Triennial report on the lunatic asylums in the province of Eastern Bengal and Assam - 1903-1911
Year: 1903
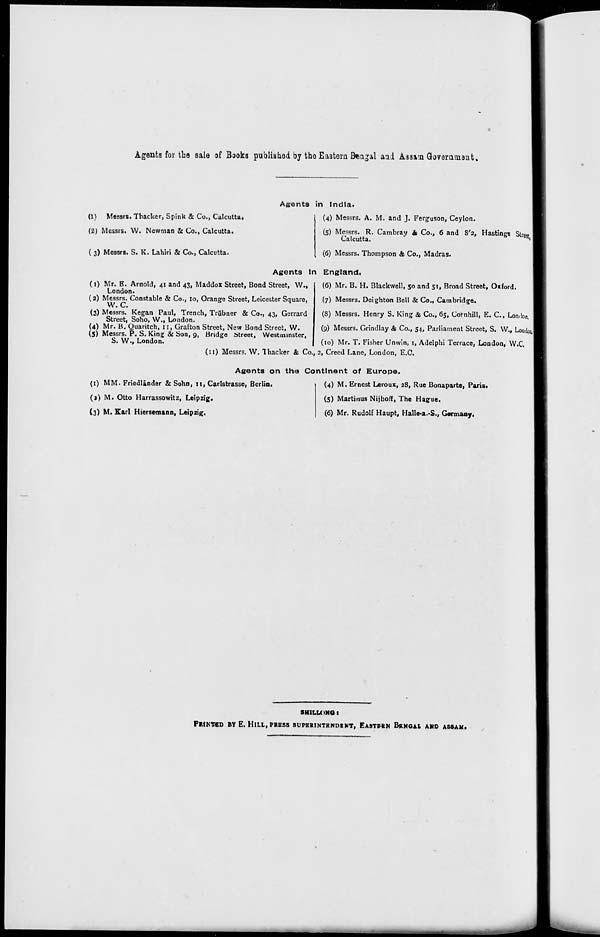
Agents for the sale of Books published by the Eastern Bengal and Assam Government.
Agents in India.
(1) Messrs. Thacker, Spink & Co., Calcutta.
(2) Messrs. W. Newman & Co., Calcutta.
( 3) Messrs. S. K. Lahiri & Co., Calcutta.
(4) Messrs. A. M. and J. Ferguson, Ceylon.
(5) Messrs. R. Cambray & Co., 6 and 8'2, Hastings Street,
Calcutta.
(6) Messrs. Thompson & Co., Madras.
Agents in England.
(1) Mr. E. Arnold, 41 and 43, Maddox Street, Bond Street, W.,
London.
(2) Messrs. Constable & Co., 10, Orange Street, Leicester Square,
W. C.
(3) Messrs. Kegan Paul, Trench, Trübner & Co., 43, Gerrard
Street, Soho, W., London.
(4) Mr. B. Quaritch, 11, Grafton Street, New Bond Street, W.
(5) Messrs. P. S. King & Son, 9, Bridge Street, Westminster,
S. W., London.
(6) Mr. B. H. Blackwell, 50 and 51, Broad Street, Oxford.
(7) Messrs. Deighton Bell & Co., Cambridge.
(8) Messrs. Henry S. King & Co., 65, Cornhill, E. C., London.
(9) Messrs. Grindlay & Co., 54, Parliament Street, S. W., London.
(10) Mr. T. Fisher Unwin, 1, Adelphi Terrace, London, W.C.
(11) Messrs. W. Thacker & Co., 2, Creed Lane, London, E.C.
Agents on the Continent of Europe.
(1) MM. Friedländer & Sohn, 11, Carlstrasse, Berlin.
(2) M. Otto Harrassowitz, Leipzig.
(3) M. Karl Hiersemann, Leipzig.
(4) M. Ernest Leroux, 28, Rue Bonaparte, Paris.
(5) Martinus Nijhoff, The Hague.
(6) Mr. Rudolf Haupt, Halle-a.-S., Germany.
SHILLONG :
PRINTED BY E. HILL, PRESS SUPERINTENDENT, EASTERN BENGAL AND ASSAM.